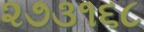
૨૭૩૧૬૮